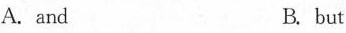
A. and B.but